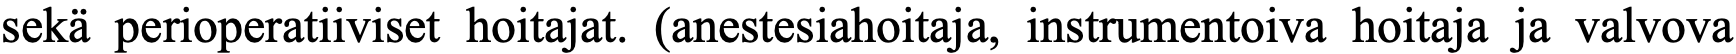
sekä perioperatiiviset hoitajat. (anestesiahoitaja, instrumentoiva hoitaja ja valvova